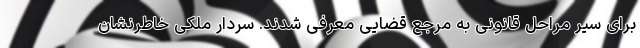
برای سیر مراحل قانونی به مرجع قضایی معرفی شدند. سردار ملکی خاطرنشان